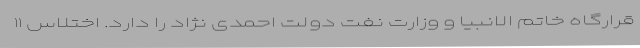
قرارگاه خاتم الانبیا و وزارت نفت دولت احمدی نژاد را دارد. اختلاس ۱۱